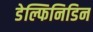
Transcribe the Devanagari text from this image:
डेल्फिनिडिन